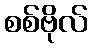
စစ်ဗိုလ်